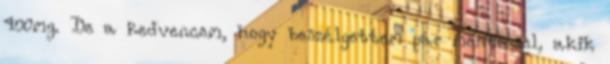
400mg. De a kedvencem, hogy beszélgettem pár mentőssel, akik